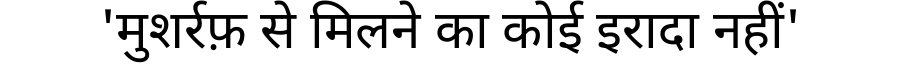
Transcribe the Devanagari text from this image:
'मुशर्रफ़ से मिलने का कोई इरादा नहीं'